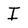
Character: I